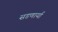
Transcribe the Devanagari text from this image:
सडणार्या